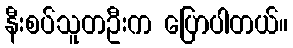
နီးစပ်သူတဦးက ပြောပါတယ်။